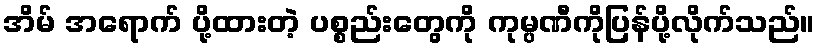
အိမ် အရောက် ပို့ထားတဲ့ ပစ္စည်းတွေကို ကုမ္ပဏီကိုပြန်ပို့လိုက်သည်။